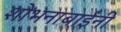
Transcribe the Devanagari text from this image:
शोभनाबाईंनी